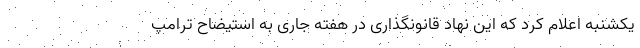
یکشنبه اعلام کرد که این نهاد قانونگذاری در هفته جاری به استیضاح ترامپ